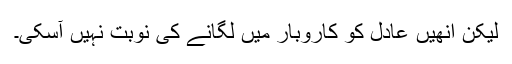
لیکن اُنھیں عادل کو کاروبار میں لگانے کی نوبت نہیں آسکی۔